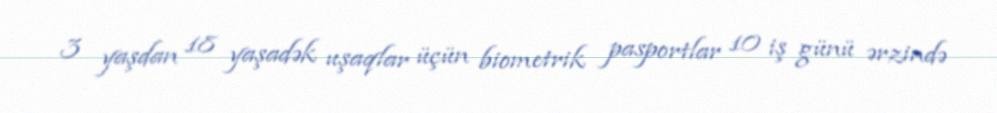
3 yaşdan 18 yaşadək uşaqlar üçün biometrik pasportlar 10 iş günü ərzində